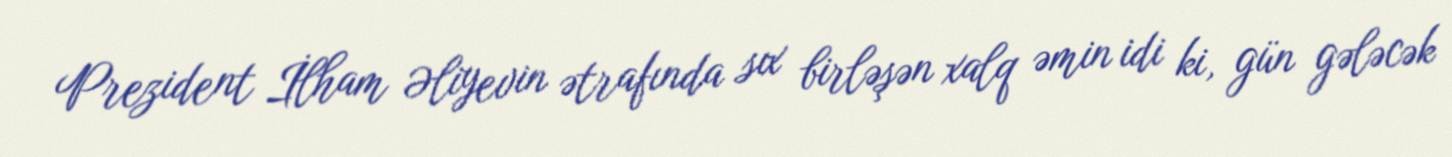
Prezident İlham Əliyevin ətrafında sıx birləşən xalq əmin idi ki, gün gələcək